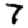
Digit: 7